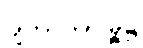
ဂျကာတာမြို့၌